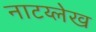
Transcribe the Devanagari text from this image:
नाटय्लेख